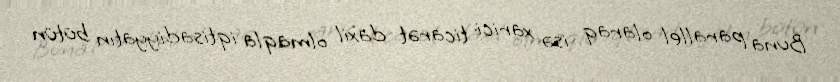
Buna parallel olaraq isə xarici ticarət daxil olmaqla iqtisadiyyatın bütün